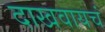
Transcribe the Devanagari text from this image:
दाखवायचं